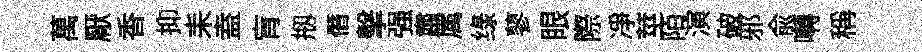
萬厭香抑耒盍肓剏僭擊强肅属绿蓼眼際凈莖陌演破邪俞囀稱